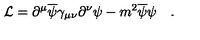
{ \cal L } = \partial ^ { \mu } \overline { \psi } \gamma _ { \mu \nu } \partial ^ { \nu } \psi - m ^ { 2 } \overline { \psi } \psi \quad .